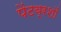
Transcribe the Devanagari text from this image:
पेंटब्रशों